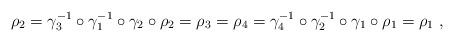
LaTeX: \begin{align*}\rho_2=\gamma_3^{-1}\circ\gamma_1^{-1}\circ\gamma_2\circ\rho_2=\rho_3=\rho_4=\gamma_4^{-1}\circ\gamma_2^{-1}\circ\gamma_1\circ\rho_1=\rho_1\;,\end{align*}